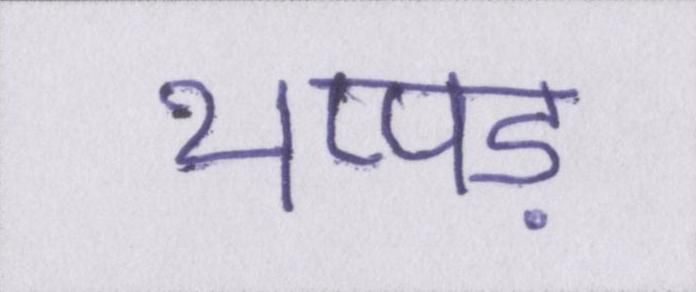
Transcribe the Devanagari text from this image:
थप्पड़